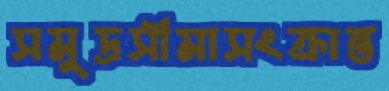
সমুদ্রসীমাসংক্রান্ত